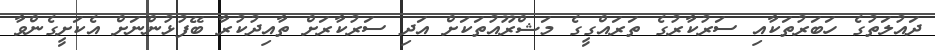
ދައުލަތުގެ ހަބަރުތަކާއި ސަރުކާރުގެ ތަރައްގީގެ މަޝްރޫއުތަކަށް އަދި ސަރުކާރަށް ތާއިދުކުރާ ބޭފުޅުންނަށް އެކަށީގެންވާ